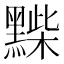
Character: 𪑽